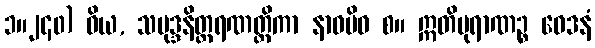
၁။၂၄၀) ဝိယ, သမုဒ္ဒနိတ္ထရဏတ္ထိကာ နာဝမိဝ စ။ ဣတိပုရာဏဉ္စ ဝေဒနံ